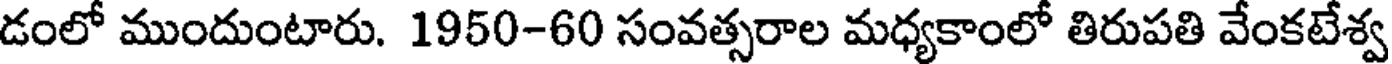
డంలో ముందుంటారు. 1950-60 సంవత్సరాల మధ్యకాంలో తిరుపతి వేంకటేశ్వ